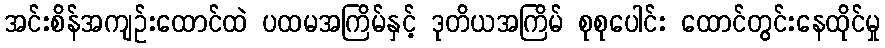
အင်းစိန်အကျဉ်းထောင်ထဲ ပထမအကြိမ်နှင့် ဒုတိယအကြိမ် စုစုပေါင်း ထောင်တွင်းနေထိုင်မှု